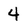
Character: 4